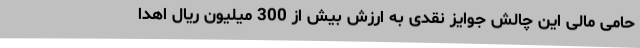
حامی مالی این چالش جوایز نقدی به ارزش بیش از 300 میلیون ریال اهدا